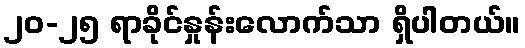
၂၀-၂၅ ရာခိုင်နှုန်းလောက်သာ ရှိပါတယ်။